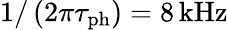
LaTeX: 1/\left(2\pi\tau_{\mathrm{ph}}\right)=8\, \mathrm{kHz}